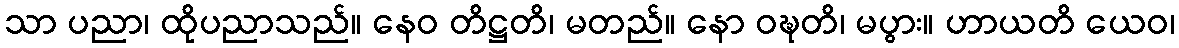
သာ ပညာ၊ ထိုပညာသည်။ နေဝ တိဋ္ဌတိ၊ မတည်။ နော ဝဍ္ဎတိ၊ မပွား။ ဟာယတိ ယေဝ၊